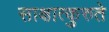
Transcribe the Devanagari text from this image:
साक्षात्कुरुते